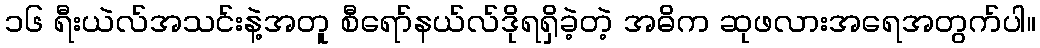
၁၆ ရီးယဲလ်အသင်းနဲ့အတူ စီရော်နယ်လ်ဒိုရရှိခဲ့တဲ့ အဓိက ဆုဖလားအရေအတွက်ပါ။